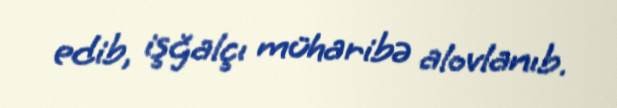
edib, işğalçı müharibə alovlanıb.